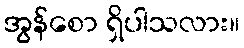
အွန်စော ရှိပါသလား။